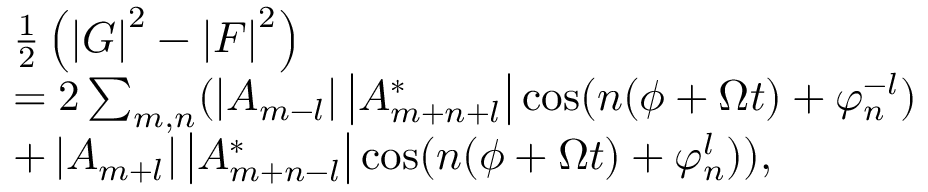
\begin{array} { r l } & { \frac { 1 } { 2 } \left( \left\vert G \right\vert ^ { 2 } - \left\vert F \right\vert ^ { 2 } \right) } \\ & { = 2 \sum _ { m , n } ( \left\vert A _ { m - l } \right\vert \left\vert A _ { m + n + l } ^ { \ast } \right\vert \cos ( n ( \phi + \Omega t ) + \varphi _ { n } ^ { - l } ) } \\ & { + \left\vert A _ { m + l } \right\vert \left\vert A _ { m + n - l } ^ { \ast } \right\vert \cos ( n ( \phi + \Omega t ) + \varphi _ { n } ^ { l } ) ) , } \end{array}